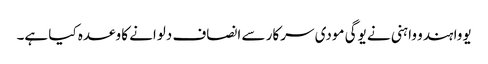
یووا ہندو واہنی نے یوگی مودی سرکار سے انصاف دلوانے کا وعدہ کیا ہے۔